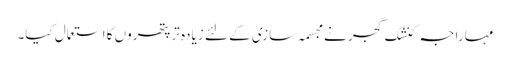
مہاراجہ کنشک گجر نے مجسمہ سازی کے لئے زیادہ تر پتھروں کا استعمال کیا۔